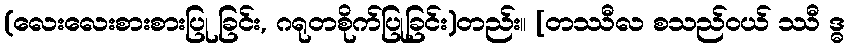
(လေးလေးစားစားပြု ခြင်း, ဂရုတစိုက်ပြုခြင်း)တည်း။ [တဿီလ စသည်ဝယ် ဿီ ဒ္ဓ